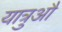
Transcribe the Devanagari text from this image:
यात्रुऔं